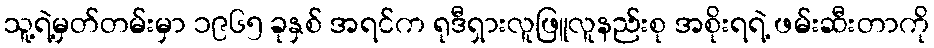
သူ့ရဲ့မှတ်တမ်းမှာ ၁၉၆၅ ခုနှစ် အရင်က ရုဒီရှားလူဖြူလူနည်းစု အစိုးရရဲ့ ဖမ်းဆီးတာကို